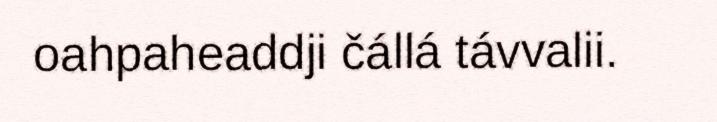
oahpaheaddji čállá távvalii.